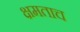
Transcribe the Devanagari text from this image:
क्षमताच